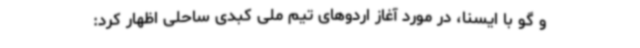
و گو با ایسنا، در مورد آغاز اردوهای تیم ملی کبدی ساحلی اظهار کرد: